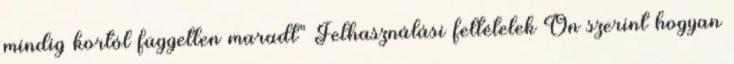
mindig kortól független maradt” Felhasználási feltételek Ön szerint hogyan